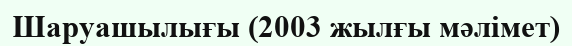
Шаруашылығы (2003 жылғы мәлімет)